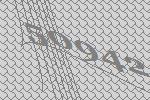
50942